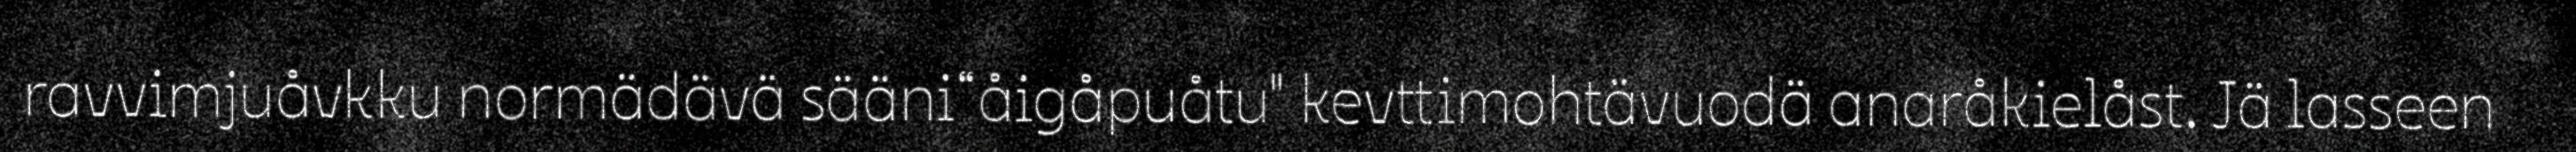
ravvimjuåvkku normädävä sääni“åigåpuåtu" kevttimohtävuodä anaråkielåst. Jä lasseen